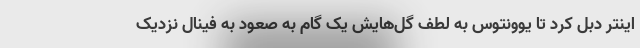
اینتر دبل کرد تا یوونتوس به لطف گل‌هایش یک گام به صعود به فینال نزدیک